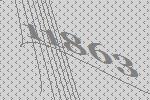
11863